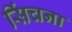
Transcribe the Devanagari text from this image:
सिंचना